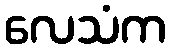
လေသံက